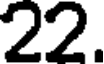
22.